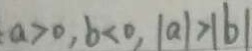
a > 0 , b < 0 , \vert a \vert > \vert b \vert